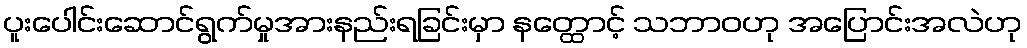
ပူးပေါင်းဆောင်ရွက်မှုအားနည်းရခြင်းမှာ နတ္ထောင့် သဘာဝဟု အပြောင်းအလဲဟု